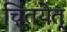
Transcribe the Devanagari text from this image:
चिंतयेत्